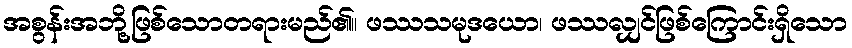
အစွန်းအဘို့ဖြစ်သောတရားမည်၏။ ဖဿသမုဒယော၊ ဖဿလျှင်ဖြစ်ကြောင်းရှိသော